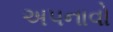
અપનાવો